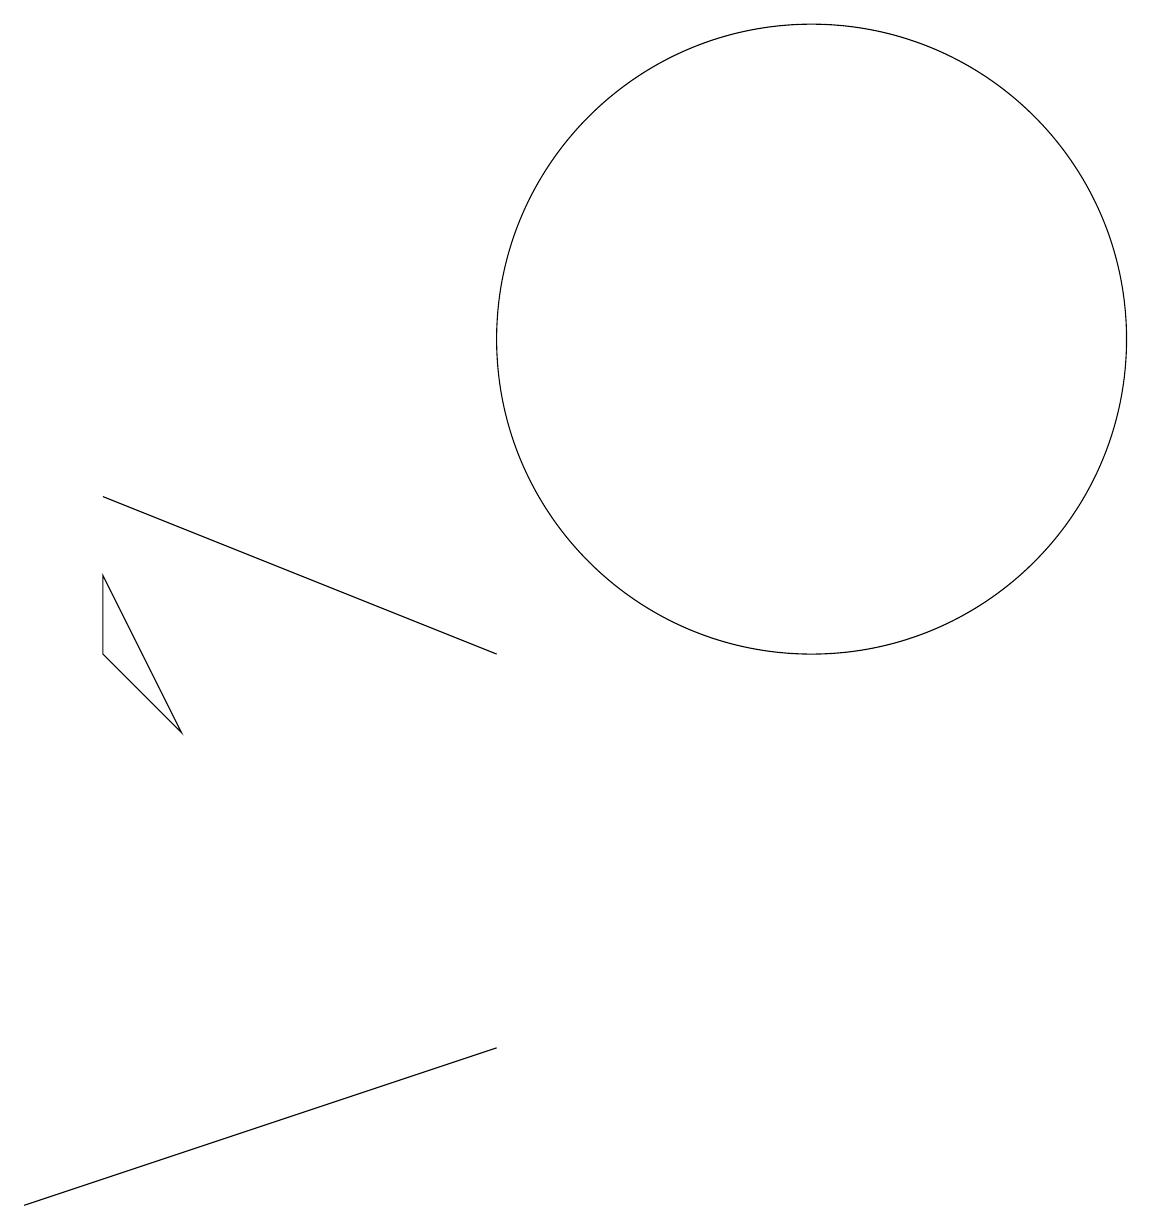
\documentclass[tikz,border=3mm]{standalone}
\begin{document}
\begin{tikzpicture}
\draw (0,0) -- (0,0) -- (6,2) -- cycle;
\draw (6,7) -- (1,9) -- (1,9) -- cycle;
\draw (1,8) -- (2,6) -- (1,7) -- cycle;
\draw (10,11) circle (4);
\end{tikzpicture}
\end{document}